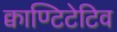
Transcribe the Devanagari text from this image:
क्वाण्टिटेटिव